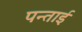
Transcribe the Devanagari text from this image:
पन्ताई